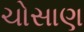
ચોસાણ